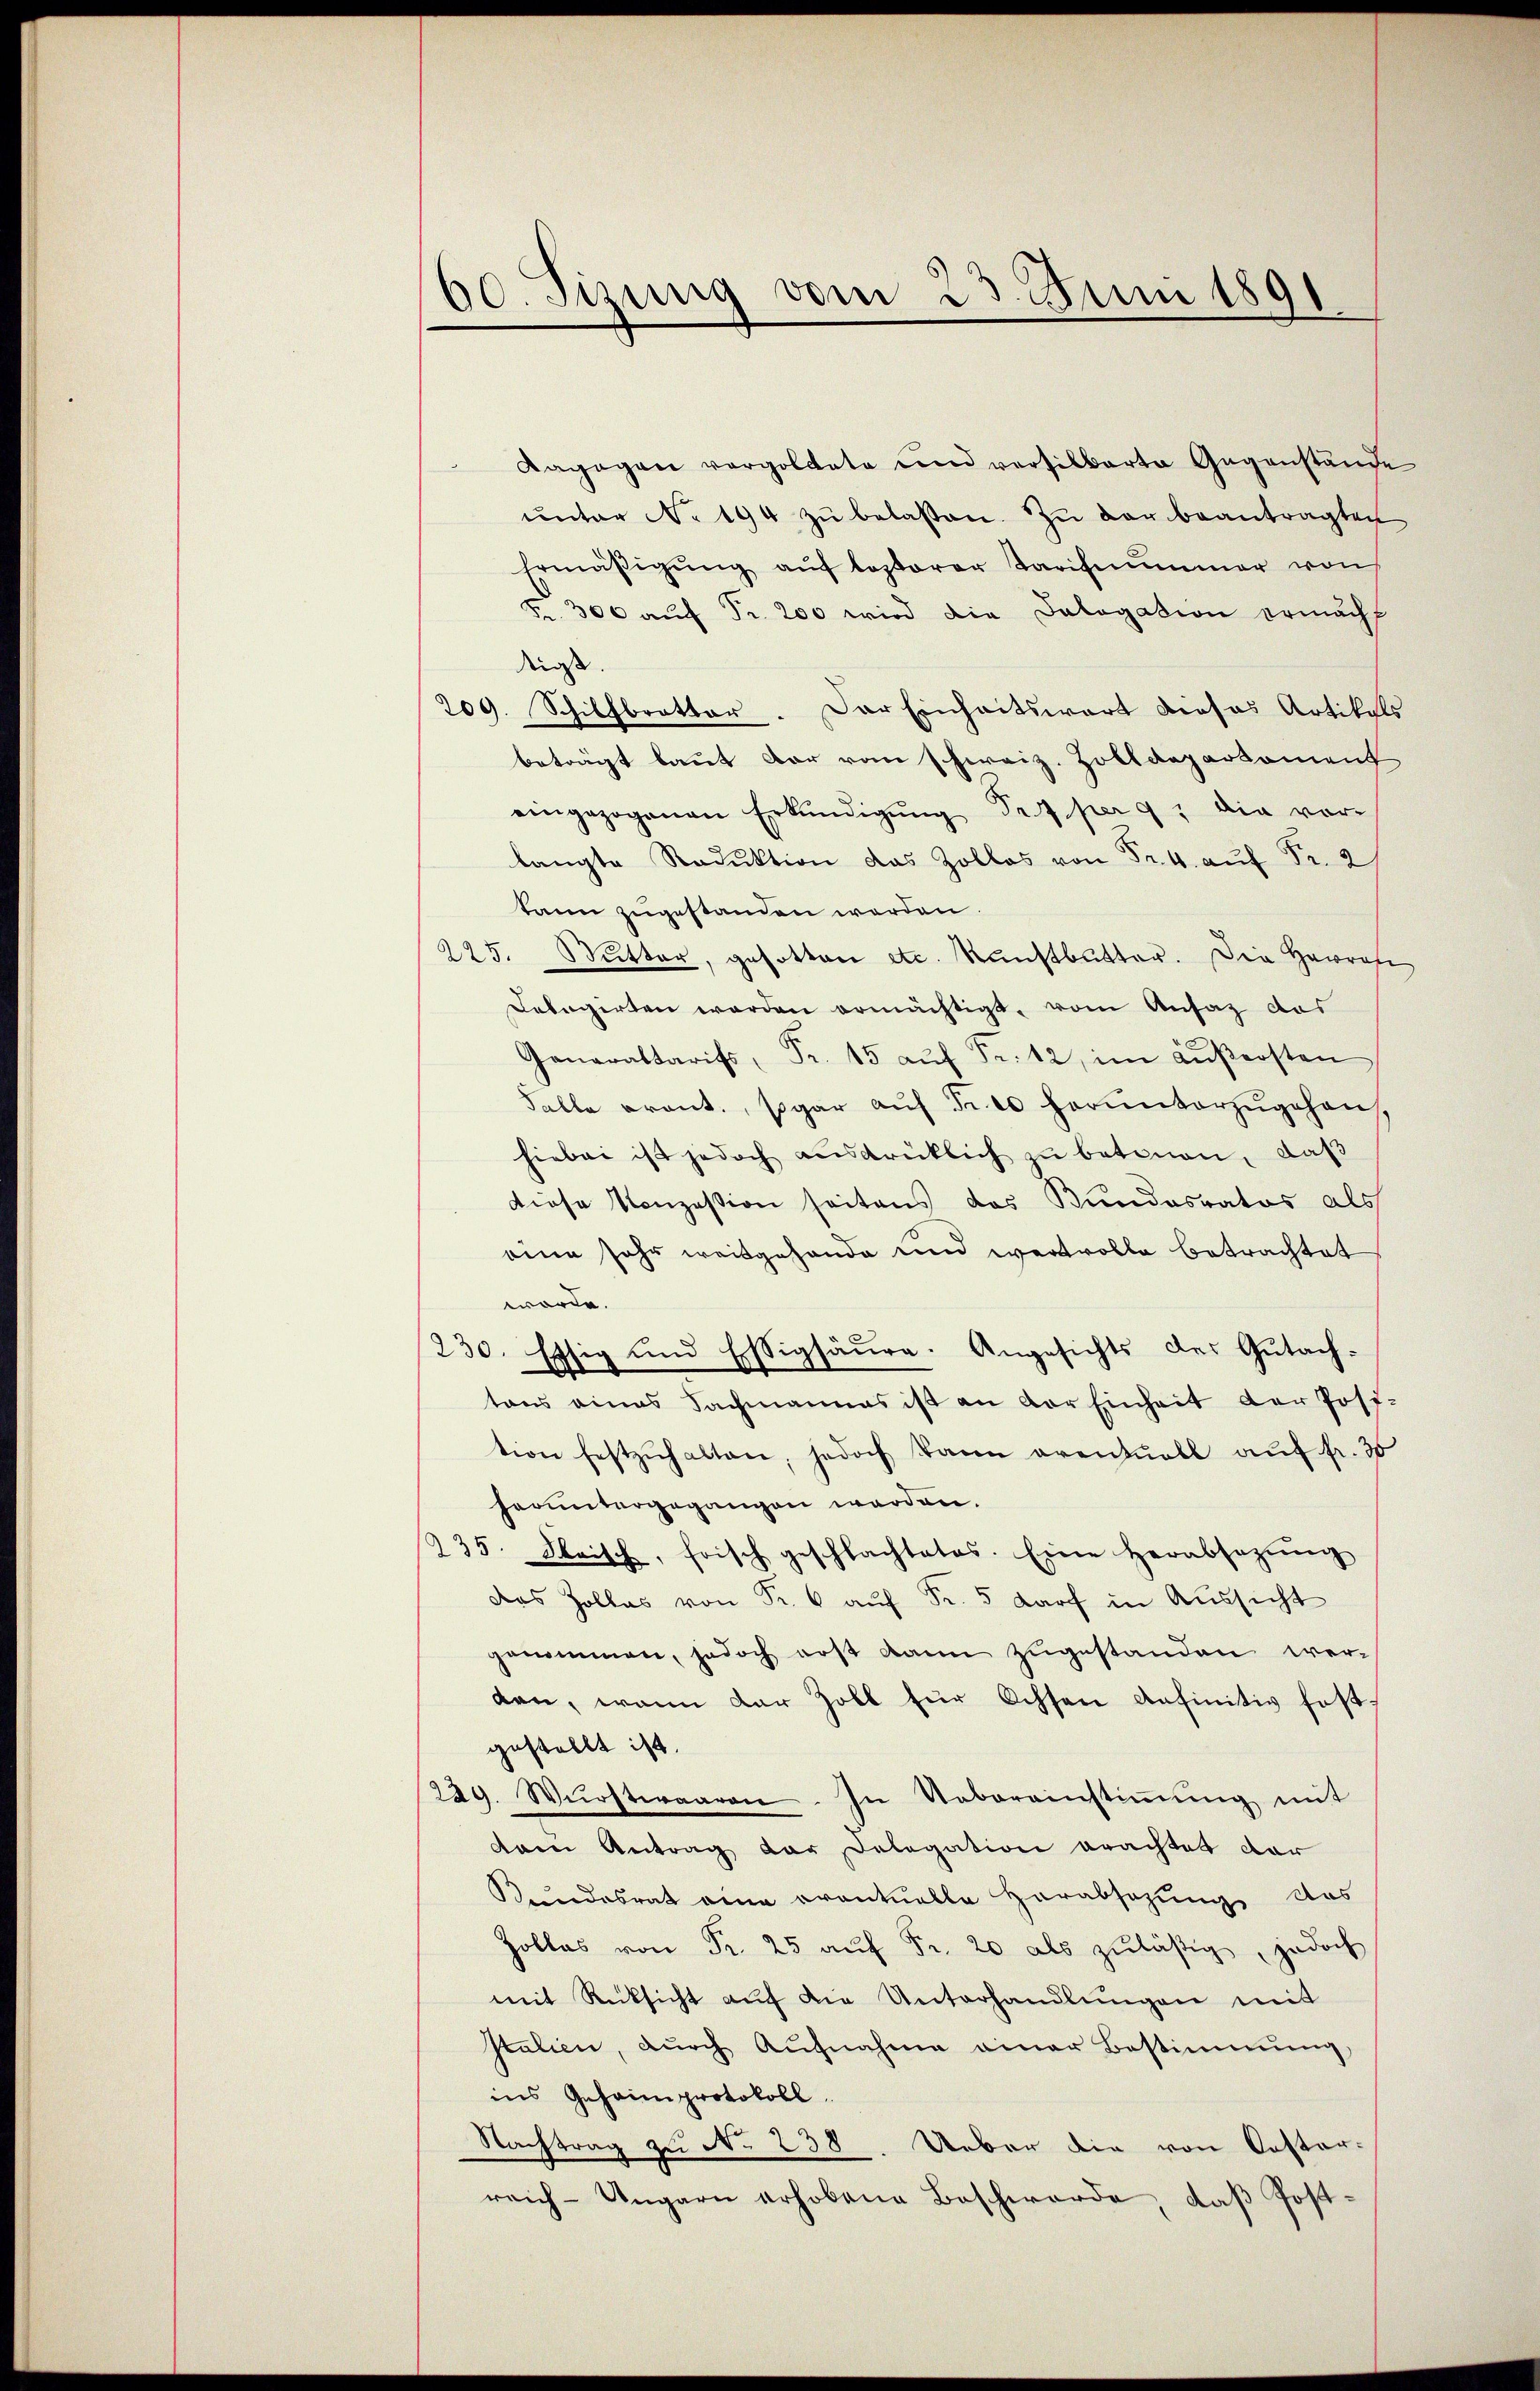
00. Sizung vom 23. Juni 1891

Kagagen vergoldete und versilbarte Gegenstände
ŭnter No. 194 zŭ belassen. Zu der beantragten
Ermäβigŭng aŭf lezterer Tarifnŭmmer von
Fr. 300 aŭf Fr. 200 wird die Dalogation ermächt
tigt.
209. Schilfbrottor. Der Einheitswart dieses Artikals
beträgt laut der vom schirriz. Zolldeparkoment
eingezogenen Erkŭndigŭng Fr. 7 per 9. die vor-
langte Reduktion das Zollos von Fr. 4. aŭf Fr. 2
kann zugestanden werden.
225. Nŭtter, gesotten etc. Kunstbutter. Die Hawrafi
Debegirten werden ermächtigt, vom Ansaz das
Generaltarifs, Fr. 15 aŭf Fr. 12, im aŭβersten
Falle grant, sogar aŭf Fr. 10 herunterzŭgehen,
hiebei ist jedoch aŭsdrüklich zu betonen, daß
diese Konzession seitens das Bundesrator als
eine sehr weitgehande und wertvolle betrachtet
worde.
230. Essig und Essigsäure. Angesichts der Gutachtons eines Fachmannes ist an der Einheit der Post-
tion festzŭhalten, jedoch dann eventuell auf fr. 30
heruntergegangen werden.
235. Maisch, frisch geschlachtetes. Eine herabsezŭng
Das Zollas von Fr. 6 auf Fr. 5 darf in Aussicht
genommen, jedoch erst kann zugestanden werden, wann dar Zoll für Ochsen anfinitiv fest,
gestellt ist.
229. Würstwaaren. In Uebereinstiṁŭng mit
dann Antrag der Delegation erachtet dar
Kundesrat eine eventuelle Herabsetzung des
Hollas von Fr. 25 aŭf Fr. 20 als zŭlästig, jedoch
mit Rücksicht aŭf die Unterhandlŭngen mit
Italien, durch Aufnahme einer Bestimmung
ins Gehaimprotokoll.
Nachtrag zu No 238. Ueber die von Oester-
reich-Ungarn erhobene Beschwerde, daß Post¬